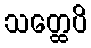
သတ္ထေပိ